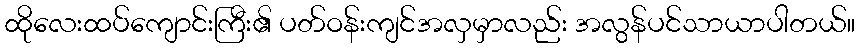
ထိုလေးထပ်ကျောင်းကြီး၏ ပတ်ဝန်းကျင်အလှမှာလည်း အလွန်ပင်သာယာပါတယ်။